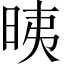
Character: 𣆰